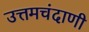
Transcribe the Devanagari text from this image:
उत्तमचंदाणी